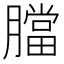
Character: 𦡁